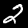
Digit: 2